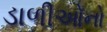
ડાળીઓનો